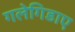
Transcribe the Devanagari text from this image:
गलेगिडाए